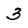
Character: 3